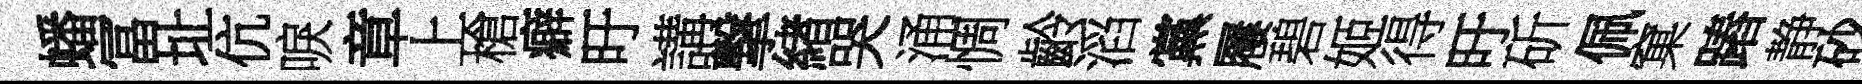
蟠冨址伉唳章上槍癖旴講撃緖哭涌惆齡滔黨屨碧姬得旴斫佩窠蹖静砂